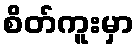
စိတ်ကူးမှာ